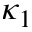
\kappa _ { 1 }